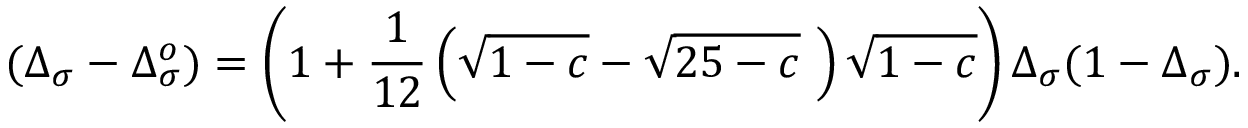
\protect ( \Delta _ { \sigma } - \Delta _ { \sigma } ^ { o } ) = \left( 1 + { \frac { 1 } { 1 2 } } \left( \sqrt { 1 - c } - \sqrt { 2 5 - c } ~ \right) \sqrt { 1 - c } \right) \Delta _ { \sigma } ( 1 - \Delta _ { \sigma } ) .